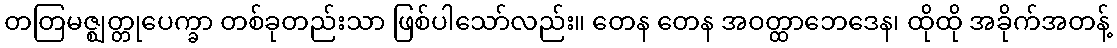
တတြမဇ္ဈတ္တုပေက္ခာ တစ်ခုတည်းသာ ဖြစ်ပါသော်လည်း။ တေန တေန အဝတ္ထာဘေဒေန၊ ထိုထို အခိုက်အတန့်